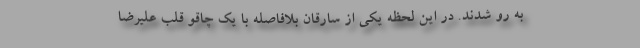
به رو شدند. در این لحظه یکی از سارقان بلافاصله با یک چاقو قلب علیرضا